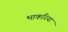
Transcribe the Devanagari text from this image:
भाकरिया